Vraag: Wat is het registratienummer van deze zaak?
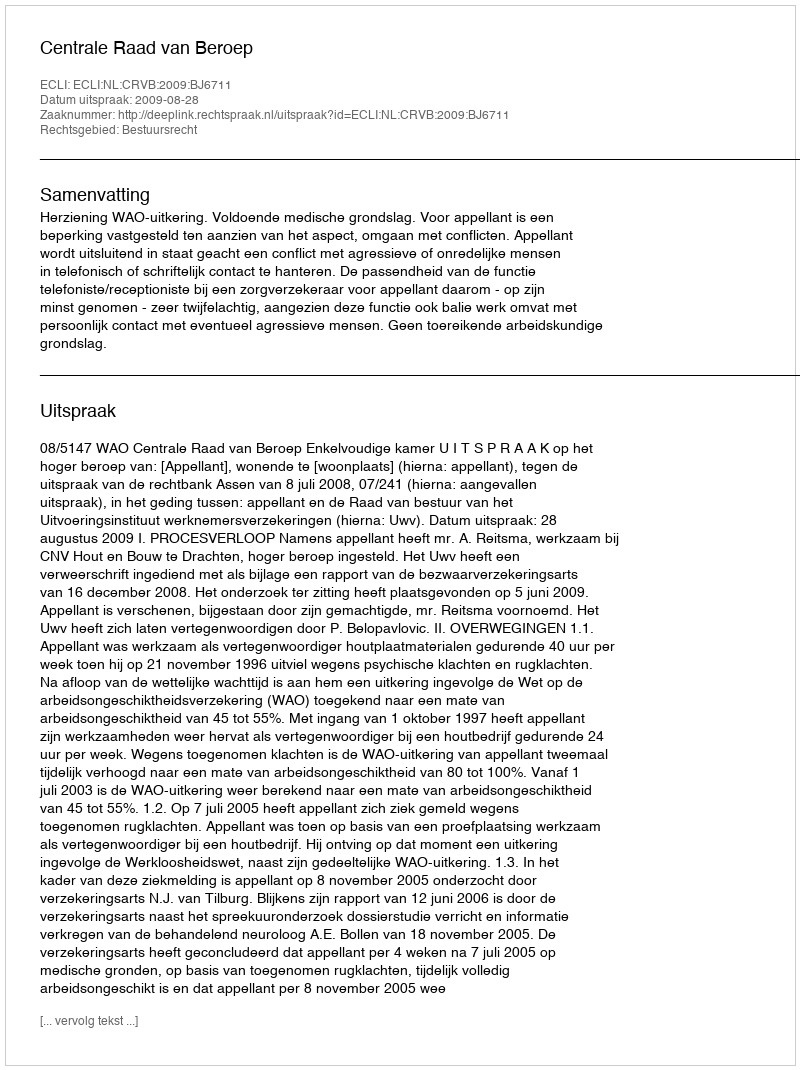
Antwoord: http://deeplink.rechtspraak.nl/uitspraak?id=ECLI:NL:CRVB:2009:BJ6711